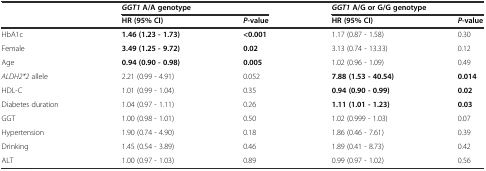
|  | <COLSPAN=2> GGT1A/A genotype | <COLSPAN=2> GGT1A/G or G/G genotype |
 |  | HR (95% CI) | P-value | HR (95% CI) | P-value |
 | --- | --- | --- | --- | --- |
 | HbA1c | 1.46 (1.23 - 1.73) | <0.001 | 1.17 (0.87 - 1.58) | 0.30 |
 | Female | 3.49 (1.25 - 9.72) | 0.02 | 3.13 (0.74 - 13.33) | 0.12 |
 | Age | 0.94 (0.90 - 0.98) | 0.005 | 1.02 (0.96 - 1.09) | 0.49 |
 | ALDH2*2 allele | 2.21 (0.99 - 4.91) | 0.052 | 7.88 (1.53 - 40.54) | 0.014 |
 | HDL-C | 1.01 (0.99 - 1.04) | 0.35 | 0.94 (0.90 - 0.99) | 0.02 |
 | Diabetes duration | 1.04 (0.97 - 1.11) | 0.26 | 1.11 (1.01 - 1.23) | 0.03 |
 | GGT | 1.00 (0.98 - 1.01) | 0.50 | 1.02 (0.999 - 1.03) | 0.07 |
 | Hypertension | 1.90 (0.74 - 4.90) | 0.18 | 1.86 (0.46 - 7.61) | 0.39 |
 | Drinking | 1.45 (0.54 - 3.89) | 0.46 | 1.89 (0.41 - 8.73) | 0.42 |
 | ALT | 1.00 (0.97 - 1.03) | 0.89 | 0.99 (0.97 - 1.02) | 0.56 |